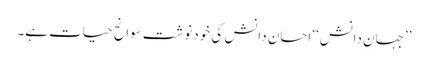
’’جہانِ دانش‘‘ احسان دانش کی خودنوشت سوانح حیات ہے۔